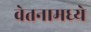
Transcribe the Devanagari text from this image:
वेतनामध्ये